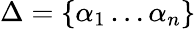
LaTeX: \Delta=\{ \alpha_{1}\ldots\alpha_{n}\}